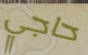
حاجي